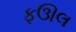
ફઊલ